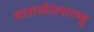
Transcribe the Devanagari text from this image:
थलायोलपारम्बू